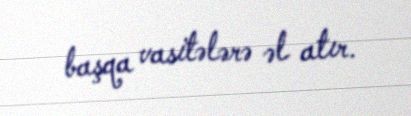
başqa vasitələrə əl atır.